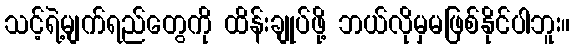
သင့်ရဲ့မျက်ရည်တွေကို ထိန်းချုပ်ဖို့ ဘယ်လိုမှမဖြစ်နိုင်ပါဘူး။